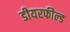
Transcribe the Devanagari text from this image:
डीयरफील्ड